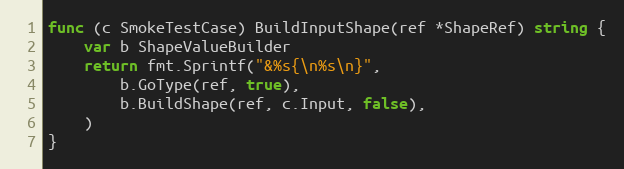
Language: Go
func (c SmokeTestCase) BuildInputShape(ref *ShapeRef) string {
	var b ShapeValueBuilder
	return fmt.Sprintf("&%s{\n%s\n}",
		b.GoType(ref, true),
		b.BuildShape(ref, c.Input, false),
	)
}